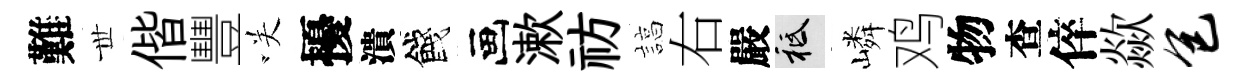
難𠀍偕豐咲擾潰餞画漱祊諄右嚴祇嶙鸡物查倅歘包